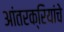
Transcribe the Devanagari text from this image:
आंतरक्रियांचे